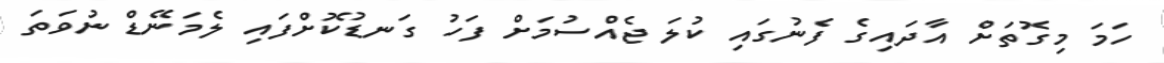
ހަމަ މިގޮތަށް އާދައިގެ ފެނުގައި ކުލަ ޖެއްސުމަށް ފަހު ގަނޑުކޮށްފައި ލެމަނޭޑް ނުވަތަ